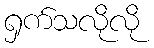
ရှက်သလိုလို